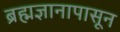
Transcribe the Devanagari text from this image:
ब्रह्मज्ञानापासून